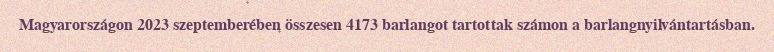
Magyarországon 2023 szeptemberében összesen 4173 barlangot tartottak számon a barlangnyilvántartásban.